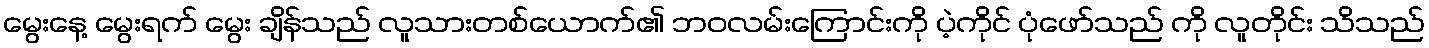
မွေးနေ့ မွေးရက် မွေး ချိန်သည် လူသားတစ်ယောက်၏ ဘဝလမ်းကြောင်းကို ပဲ့ကိုင် ပုံဖော်သည် ကို လူတိုင်း သိသည်